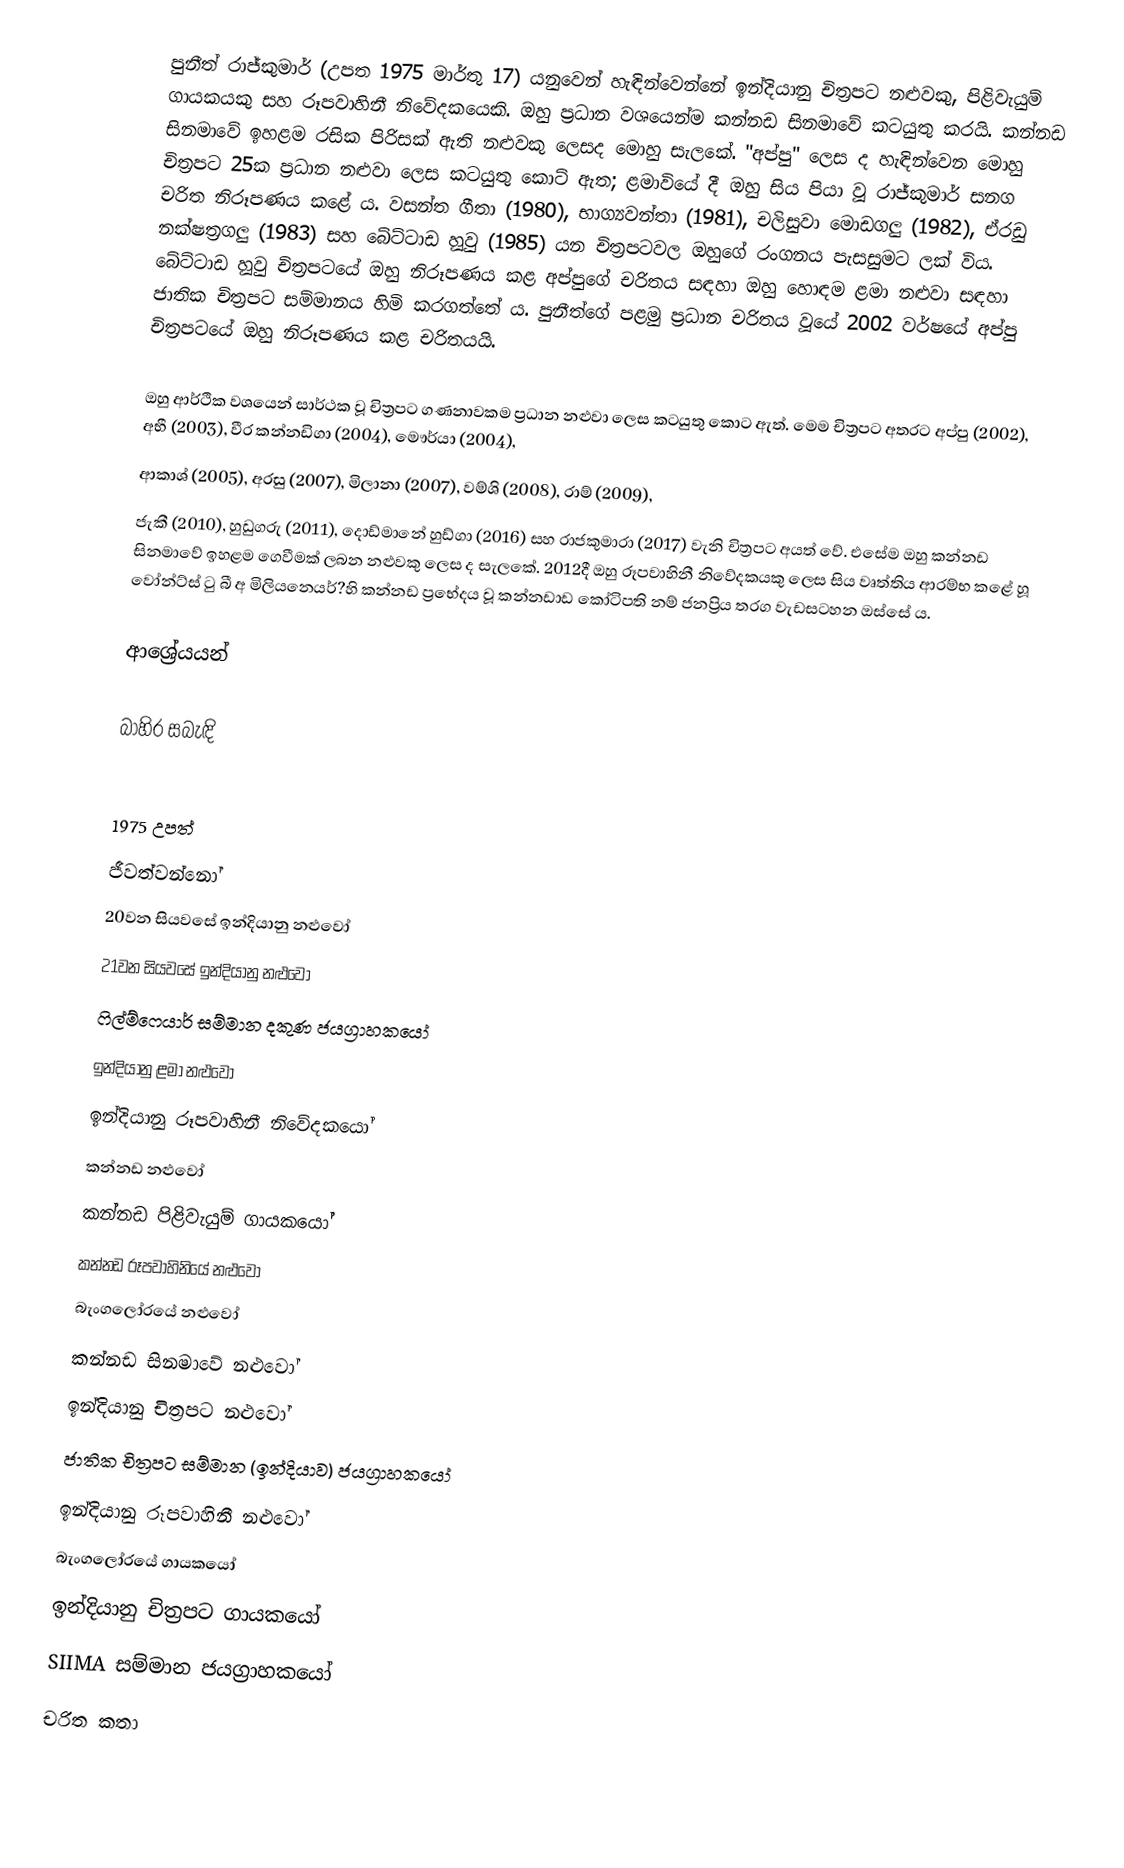
පුනීත් ‍රාජ්කුමාර් (උපත 1975 මාර්තු 17) යනුවෙන් හැඳින්වෙන්නේ ඉන්දියානු චිත්‍රපට නළුවකු, පිළිවැයුම් ගායකයකු සහ රූපවාහිනී නිවේදකයෙකි. ඔහු ප්‍රධාන වශයෙන්ම කන්නඩ සිනමාවේ කටයුතු කරයි. කන්නඩ සිනමාවේ ඉහළම රසික පිරිසක් ඇති නළුවකු ලෙසද මොහු සැලකේ. "අප්පු" ලෙස ද හැඳින්වෙන මොහු චිත්‍රපට 25ක ප්‍රධාන නළුවා ලෙස කටයුතු කොට් ඇත; ළමාවියේ දී ඔහු සිය පියා වූ රාජ්කුමාර් සනග චරිත නිරූපණය කළේ ය. වසන්ත ගීතා (1980), භාග්‍යවන්තා (1981), චලිසුවා මොඩගලු (1982), ඒරඩු නක්ෂත්‍රගලු (1983) සහ බේට්ටාඩ හූවු (1985) යන චිත්‍රපටවල ඔහුගේ රංගනය පැසසුමට ලක් විය. බේට්ටාඩ හූවු චිත්‍රපටයේ ඔහු නිරූපණය කළ අප්පුගේ චරිතය සඳහා ඔහු හොඳම ළමා නළුවා සඳහා ජාතික චිත්‍රපට සම්මානය හිමි කරගත්තේ ය. පුනීත්ගේ පළමු ප්‍රධාන චරිතය වූයේ  2002 වර්ෂයේ අප්පු චිත්‍රපටයේ ඔහු නිරූපණය කළ චරිතයයි.

ඔහු ආර්ථික වශයෙන් සාර්ථක වූ චිත්‍රපට ගණනාවකම ප්‍රධාන නළුවා ලෙස කටයුතු කොට ඇත්. මෙම චිත්‍රපට අතරට අප්පු (2002), අභී (2003), වීර කන්නඩිගා (2004), මෞර්යා (2004),
ආකාශ් (2005), අරසු (2007), මිලානා (2007), වම්ශි (2008), රාම් (2009),
ජැකී  (2010), හුඩුගරු (2011), දොඩ්මානේ හුඩ්ගා (2016) සහ රාජකුමාරා (2017) වැනි චිත්‍රපට අයත් වේ. එසේම ඔහු කන්නඩ සිනමාවේ ඉහළම ගෙවීමක් ලබන නළුවකු ලෙස ද සැලකේ. 2012දී ඔහු රූපවාහිනී නිවේදකයකු ලෙස සිය වෘත්තිය ආරම්භ කළේ හූ වෝන්ට්ස් ටු බී අ මිලියනෙයර්?හි කන්නඩ ප්‍රභේදය වූ කන්නඩාඩ කෝටිපති නම් ජනප්‍රිය තරග වැඩසටහන ඔස්සේ ය.

ආශ්‍රේයයන්

බාහිර සබැඳි

1975 උපත්
ජීවත්වන්නෝ
20වන සියවසේ ඉන්දියානු නළුවෝ
21වන සියවසේ ඉන්දියානු නළුවෝ
ෆිල්ම්ෆෙයාර් සම්මාන දකුණ ජයග්‍රාහකයෝ
ඉන්දියානු ළමා නළුවෝ
ඉන්දියානු රූපවාහිනී නිවේදකයෝ
කන්නඩ නළුවෝ
කන්නඩ පිළිවැයුම් ගායකයෝ
කන්නඩ රූපවාහිනියේ නළුවෝ
බැංගලෝරයේ නළුවෝ
කන්නඩ සිනමාවේ නළුවෝ
ඉන්දියානු චිත්‍රපට නළුවෝ
ජාතික චිත්‍රපට සම්මාන (ඉන්දියාව) ජයග්‍රාහකයෝ
ඉන්දියානු රූපවාහිනී නළුවෝ
බැංගලෝරයේ ගායකයෝ
ඉන්දියානු චිත්‍රපට ගායකයෝ
SIIMA සම්මාන ජයග්‍රාහකයෝ
චරිත කතා